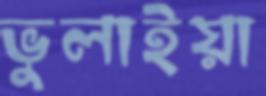
ভুলাইয়া